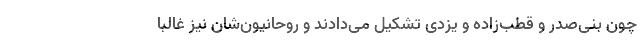
چون بنی‌صدر و قطب‌زاده و یزدی تشکیل می‌دادند و روحانیون‌شان نیز غالبا